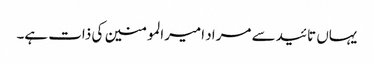
یہاں تائید سے مراد امیرالمومنین کی ذات ہے۔